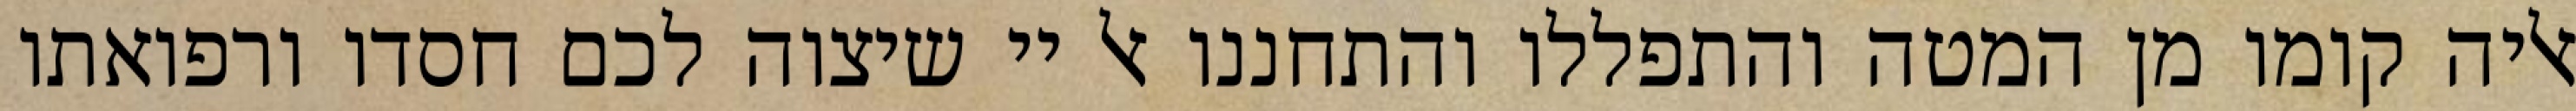
אליה קומו מן המטה והתפללו והתחננו אל יי שיצוה לכם חסדו ורפואתו